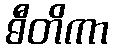
ဓီတိကာ